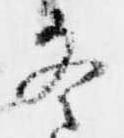
冬